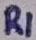
Text: R1